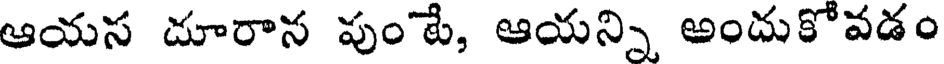
ఆయస దూరాన పుంటే, ఆయన్ని అందుకోవడం